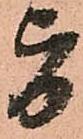
旨